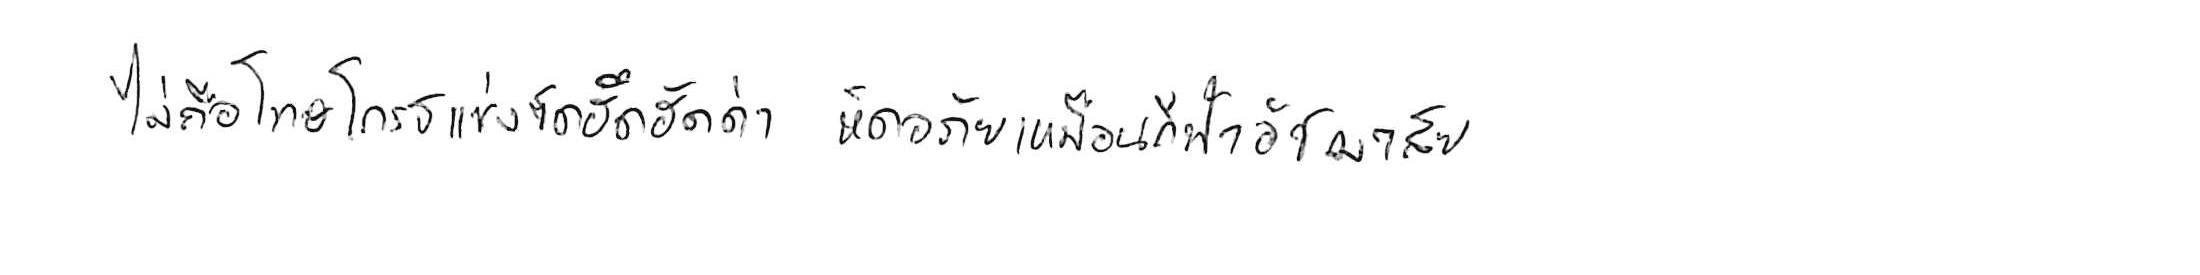
ไม่ถือโทษโกรธแช่งซัดฮึดฮัดด่า หัดอภัยเหมือนกีฬาอัชฌาสัย